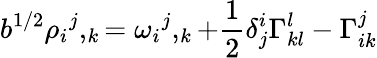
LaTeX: b^{1/2}{\rho_{i}}^{j},_{k}={\omega_{i}}^{j},_{k}+{\frac{1}{2}}\delta_{j}^{i}\Gamma_{kl}^{l}-\Gamma_{ik}^{j}